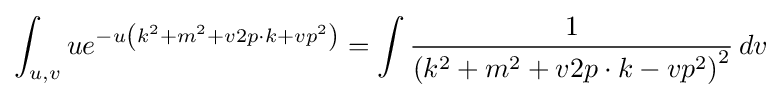
\int _{u,v}ue^{-u\left(k^{2}+m^{2}+v2p\cdot k+vp^{2}\right)}=\int {\frac {1}{\left(k^{2}+m^{2}+v2p\cdot k-vp^{2}\right)^{2}}}\,dv